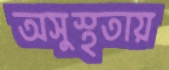
অসুস্থতায়